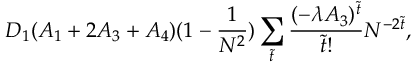
D _ { 1 } ( A _ { 1 } + 2 A _ { 3 } + A _ { 4 } ) ( 1 - \frac { 1 } { N ^ { 2 } } ) \sum _ { \tilde { t } } \frac { ( - \lambda A _ { 3 } ) ^ { \tilde { t } } } { \tilde { t } ! } N ^ { - 2 \tilde { t } } ,